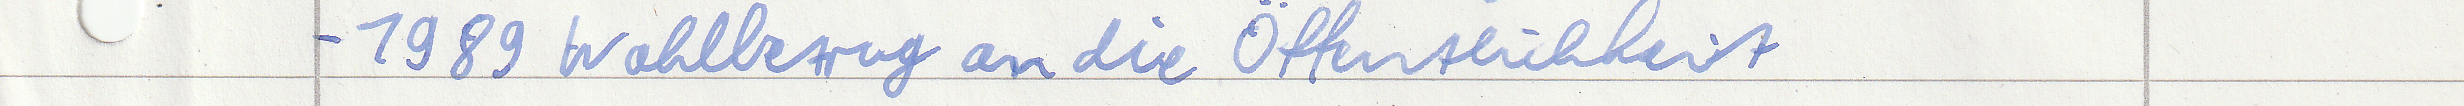
- 1989 Wahlbetrug an die Öffentlichkeit